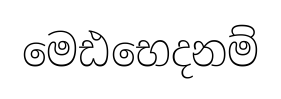
මෙඪභෙදනම්